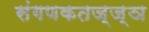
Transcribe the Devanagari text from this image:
संगणकतज्‍ज्ञ